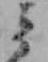
ミ